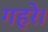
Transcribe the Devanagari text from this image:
गहरे।